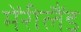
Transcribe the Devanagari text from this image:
मेंरीलैंड